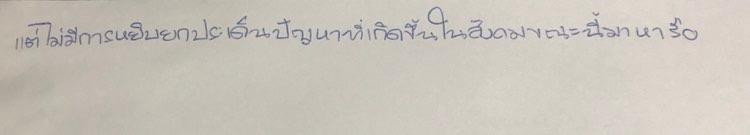
แต่ไม่มีการหยิบยกประเด็นปัญหาที่เกิดขึ้นในสังคมขณะนี้มาหารือ